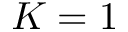
K = 1